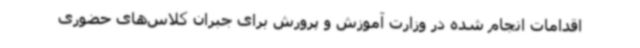
اقدامات انجام شده در وزارت آموزش و پرورش برای جبران کلاس‌های حضوری